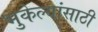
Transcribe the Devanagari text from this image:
भुकेल्यांसाठी